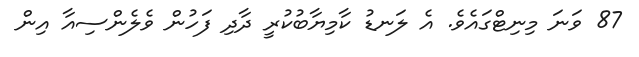
87 ވަނަ މިނިޓްގައެވެ. އެ ލަނޑު ކާމިޔާބުކުރީ ދާދި ފަހުން ވެލެންސިއާ އިން